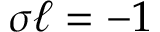
\sigma \ell = - 1